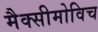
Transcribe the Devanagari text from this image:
मैक्सीमोविच